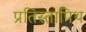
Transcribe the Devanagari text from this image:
प्रतिस्तापिथ